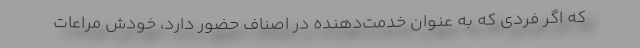
که اگر فردی که به عنوان خدمت‌دهنده در اصناف حضور دارد، خودش مراعات